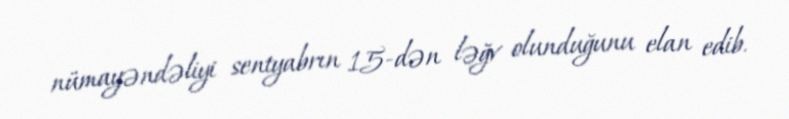
nümayəndəliyi sentyabrın 15-dən ləğv olunduğunu elan edib.